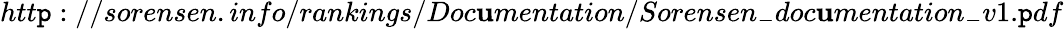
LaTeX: htt\mathtt{p}://sorensen.info/rankings/Doc\mathbf{u}mentation/Sorensen_{-}doc\mathbf{u}mentation_{-}v1.\mathtt{p}df